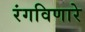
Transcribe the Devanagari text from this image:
रंगविणारे